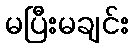
မပြီးမချင်း